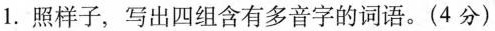
1. 照样子，写出四组含有多音字的词语。(4分)